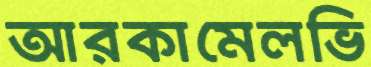
আরকামেলভি